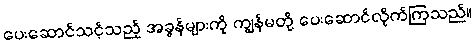
ပေးဆောင်သင့်သည့် အခွန်များကို ကျွန်မတို့ ပေးဆောင်လိုက်ကြသည်။